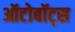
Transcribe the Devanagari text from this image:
ऑटोबॉट्स